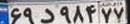
۶۹د۹۸۴۷۷